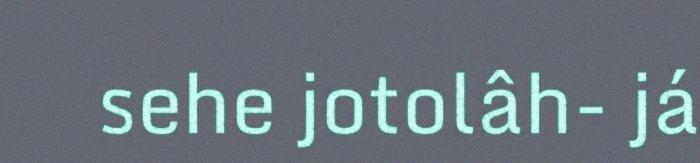
sehe jotolâh- já